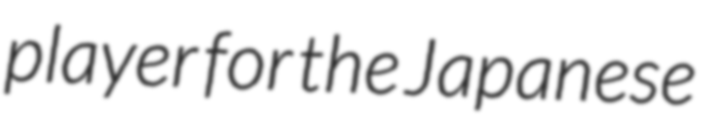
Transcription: player for the Japanese